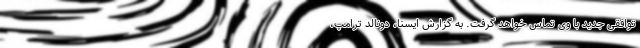
توافقی جدید با وی تماس خواهد گرفت. به گزارش ایسنا، دونالد ترامپ،